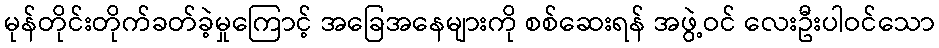
မုန်တိုင်းတိုက်ခတ်ခဲ့မှုကြောင့် အခြေအနေများကို စစ်ဆေးရန် အဖွဲ့ဝင် လေးဦးပါဝင်သော